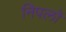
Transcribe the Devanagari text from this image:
निपलों